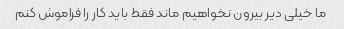
ما خیلی دیر بیرون نخواهیم ماند فقط باید کار را فراموش کنم